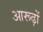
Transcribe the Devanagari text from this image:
आरूढ़ों